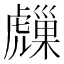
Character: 𧈈